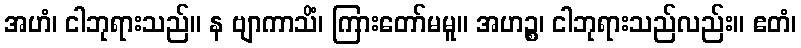
အဟံ၊ ငါဘုရားသည်။ န ဗျာကာသိံ၊ ကြားတော်မမူ။ အဟဉ္စ၊ ငါဘုရားသည်လည်း။ ဧတံ၊